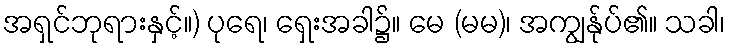
အရှင်ဘုရားနှင့်။) ပုရေ၊ ရှေးအခါ၌။ မေ (မမ)၊ အကျွန်ုပ်၏။ သခါ၊